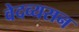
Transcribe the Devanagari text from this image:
वेदव्यसन